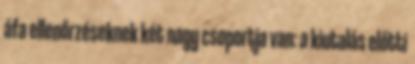
áfa ellenőrzéseknek két nagy csoportja van: a kiutalás előtti